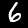
Label: 6